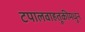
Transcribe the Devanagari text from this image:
टपालवाहतूकीमधून